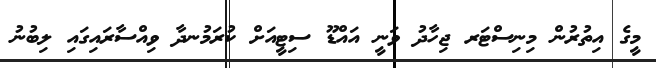
މީގެ އިތުރުން މިނިސްޓަރ ޖިހާދު ވަނީ އައްޑޫ ސިޓީއަށް ކުރަމުނދާ ވިއްސާރައިގައި ލިބުނު